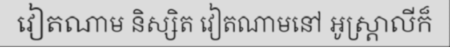
វៀតណាម និស្សិត វៀតណាមនៅ អូស្ត្រាលីក៏